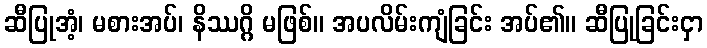
ဆီပြုအံ့၊ မစားအပ်၊ နိဿဂ္ဂိ မဖြစ်။ အပလိမ်းကျံခြင်း အပ်၏။ ဆီပြုခြင်းငှာ